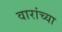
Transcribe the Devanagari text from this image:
वारांच्या